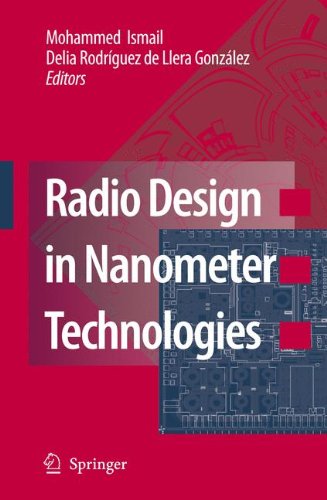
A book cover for Radio Design in Nanometer Technologies; Crafts, Hobbies & Home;